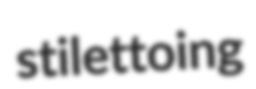
stilettoing